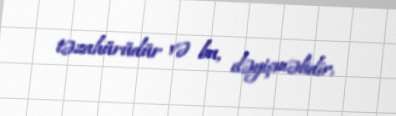
təzahürüdür və bu, dəyişməlidir.